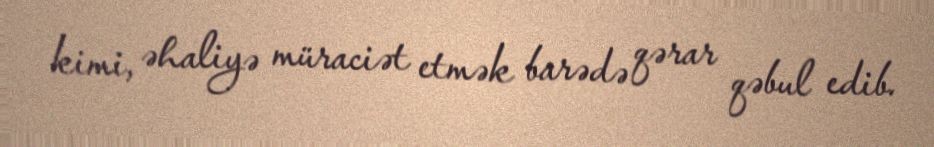
kimi, əhaliyə müraciət etmək barədə qərar qəbul edib.